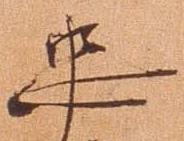
忠